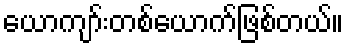
ယောကျာ်းတစ်ယောက်ဖြစ်တယ်။